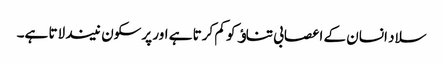
سلاد انسان کے اعصابی تناﺅ کو کم کرتا ہے اور پرسکون نیند لاتا ہے۔